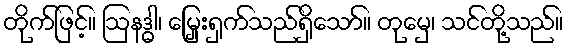
တိုက်ဖြင့်။ ဩနဒ္ဓါ၊ မြှေးရှက်သည်ရှိသော်။ တုမှေ၊ သင်တို့သည်။